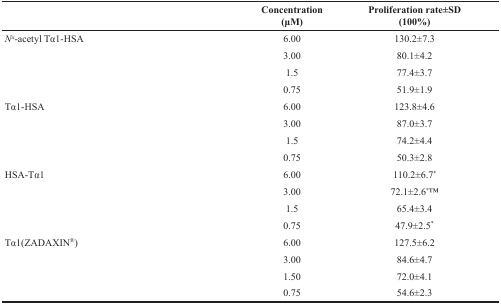
<table><thead><tr><td></td><td><b>Concentration(μM)</b></td><td><b>Proliferation rate±SD(100%)</b></td></tr></thead><tbody><tr><td><i>N<sup>α</sup></i>-acetyl Tα1-HSA</td><td>6.00</td><td>130.2±7.3</td></tr><tr><td></td><td>3.00</td><td>80.1±4.2</td></tr><tr><td></td><td>1.5</td><td>77.4±3.7</td></tr><tr><td></td><td>0.75</td><td>51.9±1.9</td></tr><tr><td>Tα1-HSA</td><td>6.00</td><td>123.8±4.6</td></tr><tr><td></td><td>3.00</td><td>87.0±3.7</td></tr><tr><td></td><td>1.5</td><td>74.2±4.4</td></tr><tr><td></td><td>0.75</td><td>50.3±2.8</td></tr><tr><td>HSA-Tα1</td><td>6.00</td><td>110.2±6.7<sup>*</sup></td></tr><tr><td></td><td>3.00</td><td>72.1±2.6<sup>*</sup>TM</td></tr><tr><td></td><td>1.5</td><td>65.4±3.4</td></tr><tr><td></td><td>0.75</td><td>47.9±2.5<sup>*</sup></td></tr><tr><td>Tα1(ZADAXIN<sup>®</sup>)</td><td>6.00</td><td>127.5±6.2</td></tr><tr><td></td><td>3.00</td><td>84.6±4.7</td></tr><tr><td></td><td>1.50</td><td>72.0±4.1</td></tr><tr><td></td><td>0.75</td><td>54.6±2.3</td></tr></tbody></table>